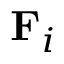
\mathbf { F } _ { i }